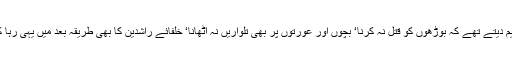
کسی بھی جنگ میں جانے سے پہلے نبی اکرمﷺ فوج کے سربراہ کو خاص طور پر یہ تعلیم دیتے تھے کہ بوڑھوں کو قتل نہ کرنا‘ بچوں اور عورتوں پر بھی تلواریں نہ اٹھانا‘ خلفائے راشدین کا بھی طریقہ بعد میں یہی رہا کہ جب فوج کو کہیں جنگ کے لئے بھیجتے تو ان باتوں کی خاص طورپر نصیحت کرتے۔